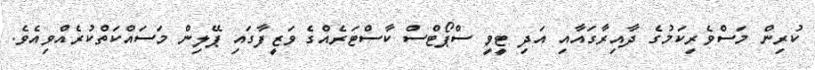
ކުރިން މަސްވެރިކަމުގެ ދާއިރާގައާއި އަދި ޓީވީ ސްޕޯޓްސް ކާސްޓަރެއްގެ ވަޒީފާގައި ޕޭލިން މަސައްކަތްކުރެއްވިއެވެ.